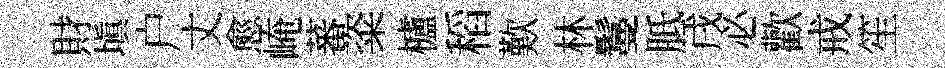
財填户丈愈崦蕃粢櫨稻歎林鬘胝戌必歡戒笙